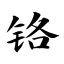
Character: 铬